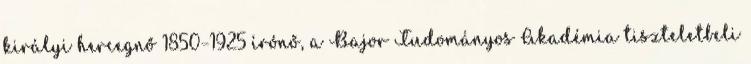
királyi hercegnő 1850–1925 írónő, a Bajor Tudományos Akadémia tiszteletbeli